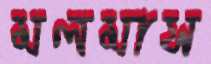
মলমাস